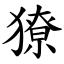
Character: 獠